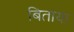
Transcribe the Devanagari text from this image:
बिताया